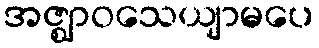
အဇ္ဈာဝသေယျာမပေ